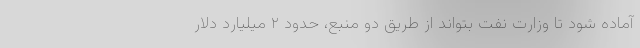
آماده شود تا وزارت نفت بتواند از طریق دو منبع، حدود ۲ میلیارد دلار